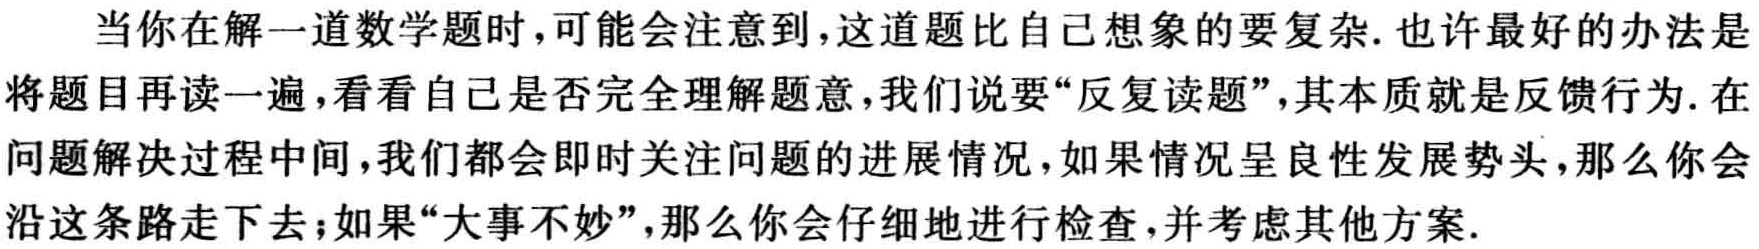
当你在解一道数学题时，可能会注意到，这道题比自己想象的要复杂. 也许最好的办法是将题目再读一遍，看看自己是否完全理解题意，我们说要“反复读题”，其本质就是反馈行为. 在问题解决过程中间，我们都会即时关注问题的进展情况，如果情况呈良性发展势头，那么你会沿这条路走下去；如果“大事不妙”，那么你会仔细地进行检查，并考虑其他方案.